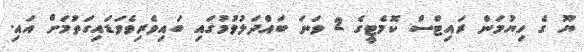
ޔޫ ގެ ހިޔުމަން ރައިޓްސް ކޮމެޓީގެ 2 ވަނަ ބައްދަލުވުމުގައި ބައިވެރިވެވަޑައިގަތުމަށް އައި.